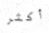
أكثر